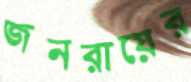
জনরায়ের